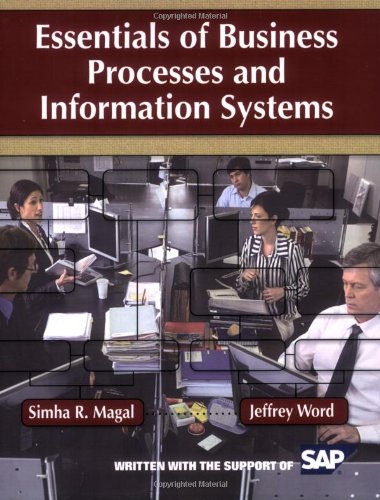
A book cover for Essentials of Business Processes and Information Systems; Simha R. Magal; Computers & Technology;